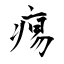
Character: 痬